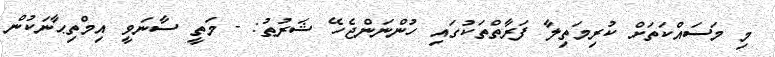
މި މަސައްކަތަށް ކުރިމަތިލާ ފަރާތްތަކުގައި ހުންނަންޖެހޭ ޝަރުޠު: - މަތީ ސާނަވީ އިމްތިޙާނަކުން